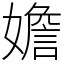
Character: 㜬